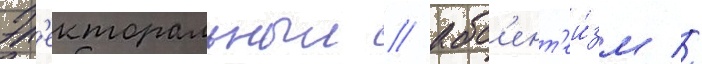
Эл'екторальныи // Абс'ент'еи́зм //